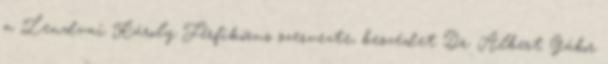
a Lendvai Károly Férfikórus szervezte, beszédet Dr. Albert Gábor